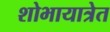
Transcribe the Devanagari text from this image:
शोभायात्रेत